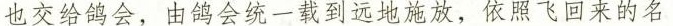
也交给鸽会，由鸽会统一载到这地施放，依照飞回来的名